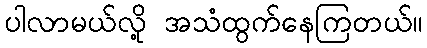
ပါလာမယ်လို့ အသံထွက်နေကြတယ်။